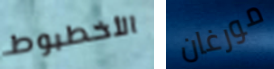
الأخطبوط مورغان